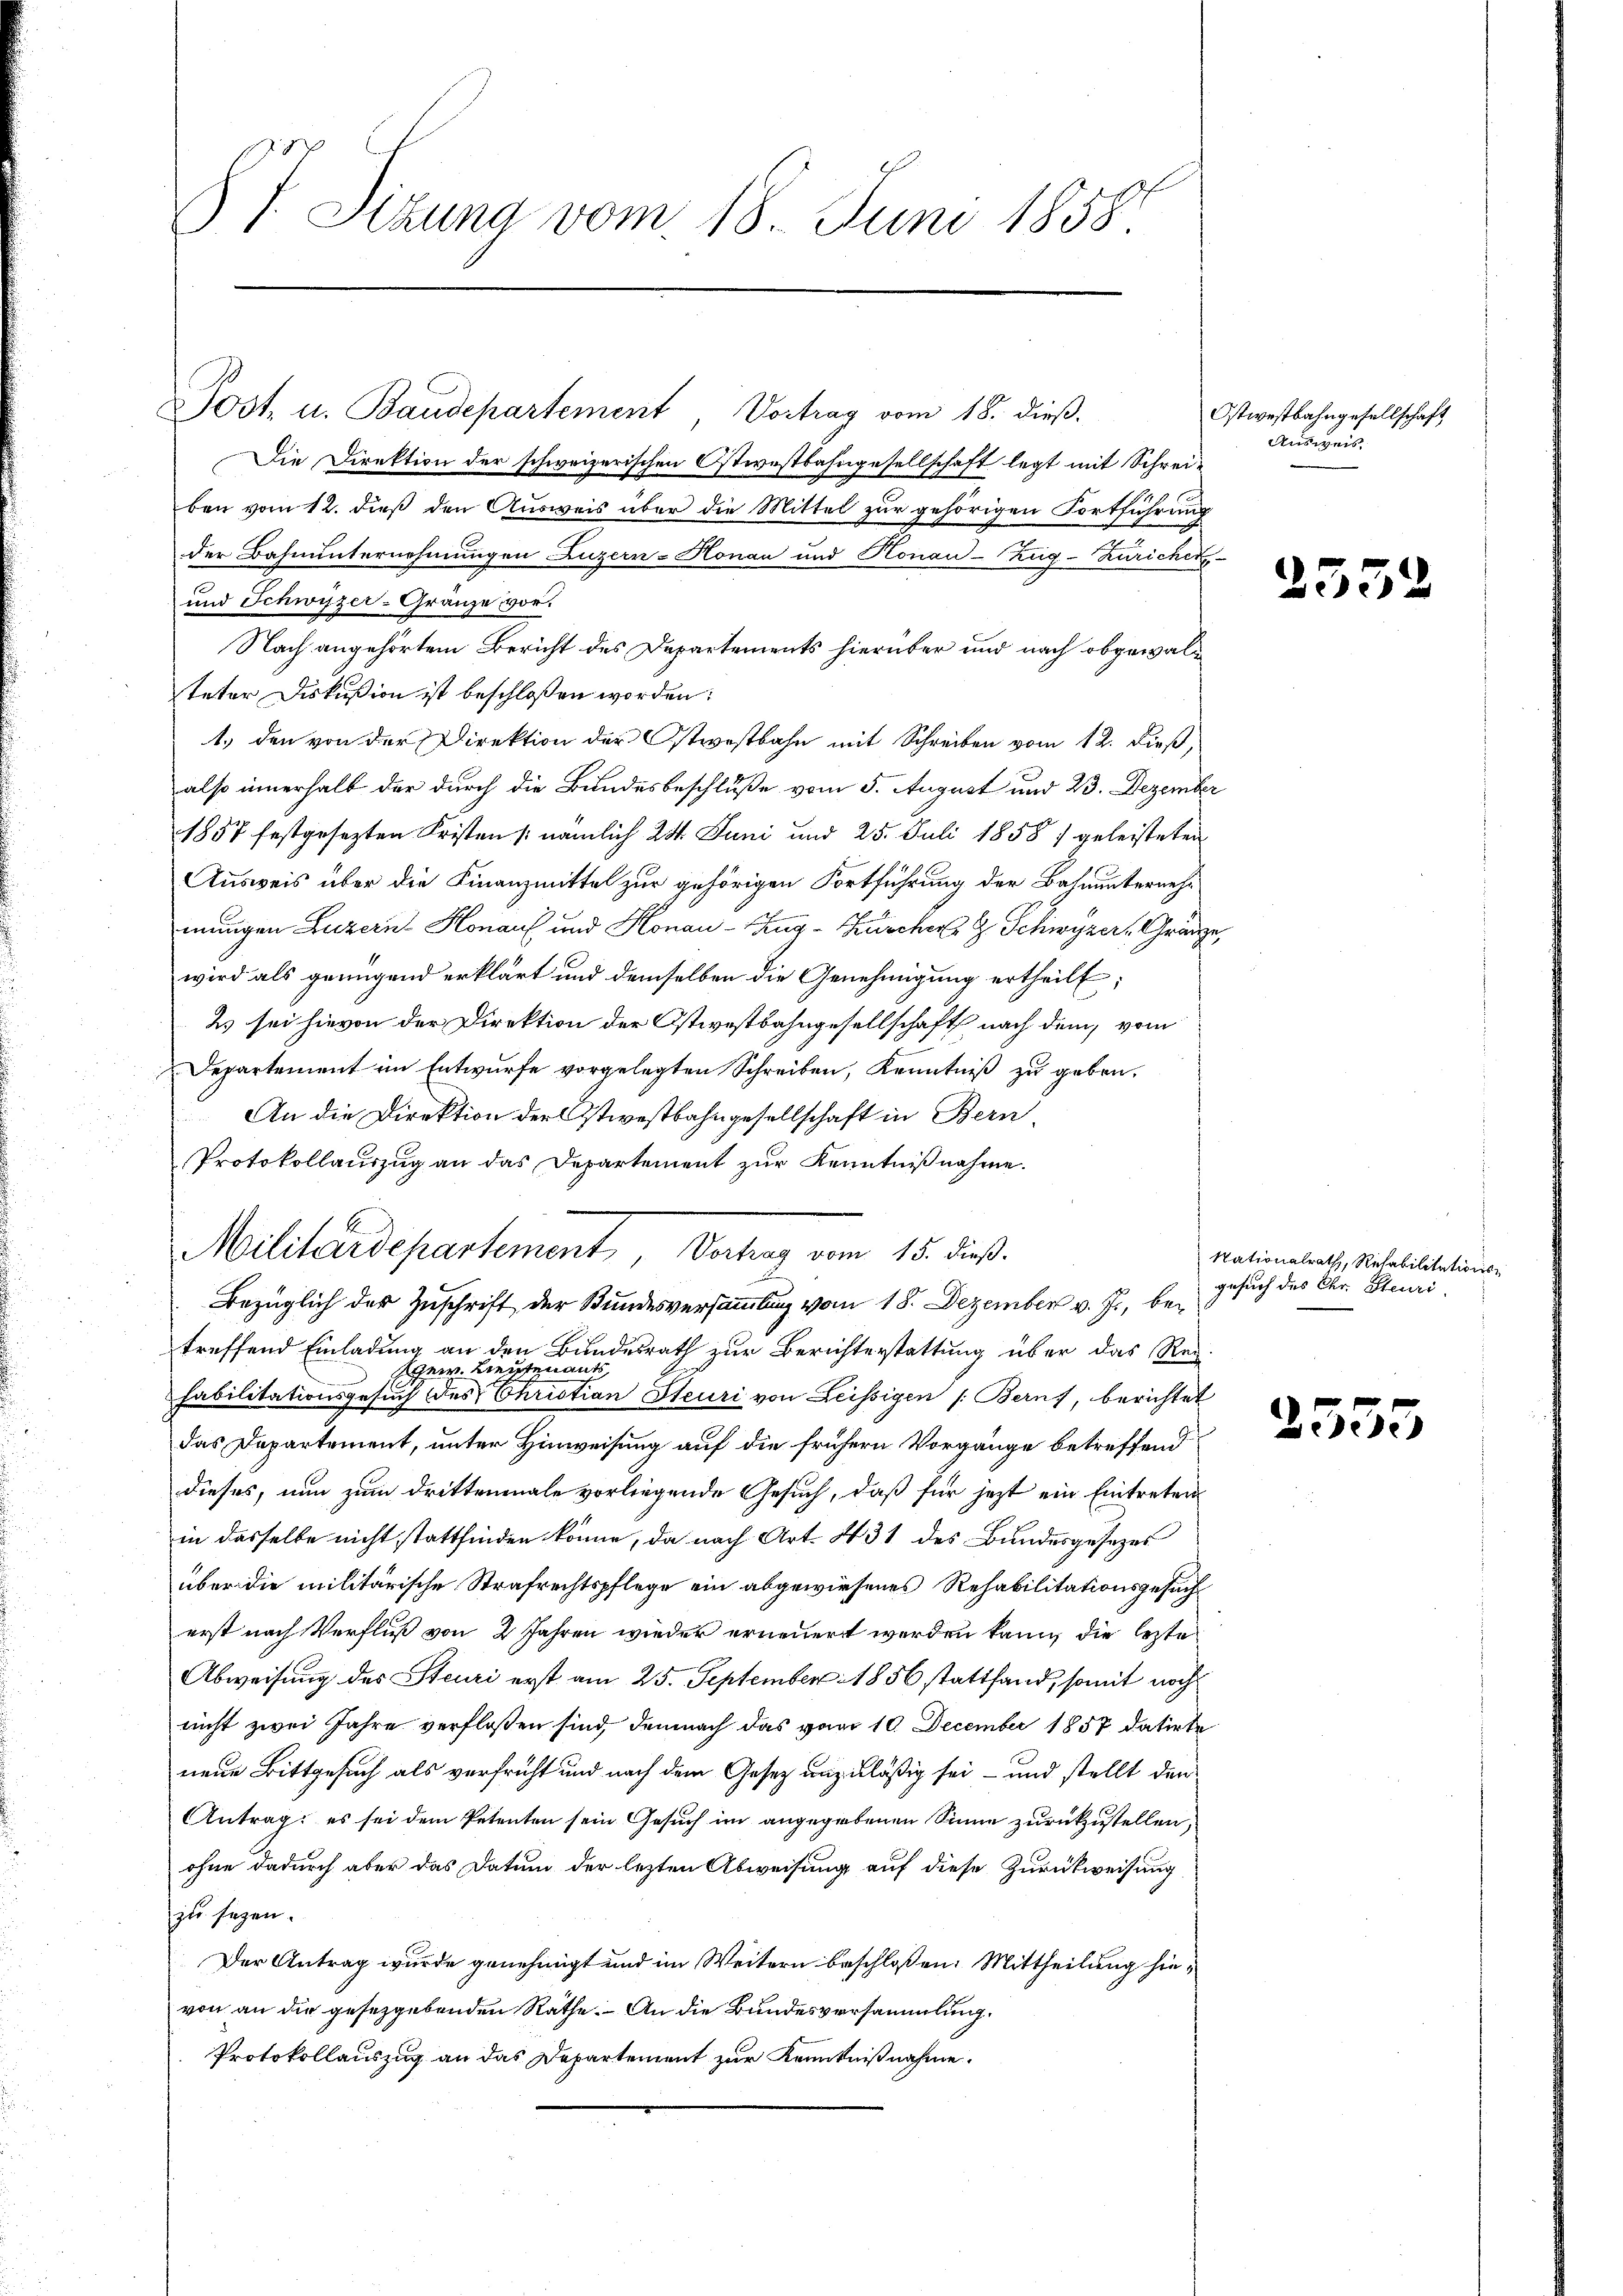
§ 7. Sitzung vom 18. Juni 1858

Militärdepartement, Vertrag vom 15. dieß.

Post. u. Baudepartement Vortrag vom 18. dieß.
Die Direktion der schweizerischen Ostwestbahngesellschaft legt mit Schrei¬
E
ben vom 12. dieß den Ausweis über die Mittel zur gehörigen Fortführung
der Bahnunternehmungen Luzern-Honau und Honau-Zug-Zuricher
und Schwyzer-Granze vor.
Nach angehörtem Bericht des Departements hierüber und nach obgewalteter Diskußion ist beschlossen worden:
1., den von der Direktion der Ostwestbahn mit Schreiben vom 12. dieß,
also innerhalb der durch die Bundesbeschluße vom 5. August und 23. Dezember
1857 festgesezten Fristen (nämlich 24. Juni und 25. Juli 1858) geleisteten
Ausweis über die Finanzmittel zur gehörigen Fortführung der Bahnunternehmmungen Luzern Honau und Honau-Zug - Zuscher & Schwyzer, Gränze,
wird als genügend erklärt und demselben die Genehmigung ertheilt;
2 sei hievon der Direktion der Ostwestbahngesellschaft nach dem vom
Departement im Entwurfe vorgelegten Schreiben, Kenntniß zu geben.
An die Direktion der Ostwestbahngesellschaft in Bern
Protokollauszug an das Departement zur Kenntnißnahme.
Bezüglich der Zuschrift der Bundesversammlung vom 18. Dezember v. J., betreffend Einladung an den Bundesrath zur Berichterstattung über das Rei
eer. Leutenants
Fabilitationsgesuch des Christian Steuri von Leissigen (Berns, berichtet
das Departement, unter Hinweisung auf die frühern Vorgänge betreffend
dieses, nun zum Drittenmale vorliegende Gesuch, daß für jezt ein Eintreten
in dasselbe nicht stattfinden könne, da nach Art. 431 des Bundesgesezes
über die militärische Strafrechtspflege ein abgewiesenes Rehabilitationsgesuch
erst nach Verfluß von 2 Jahren wieder erneuert werden kann, die lezte
Abweisung des Steuri erst am 25. September 1856 stattfand, somit noch
nicht zwei Jahre verfloßen sind, demnach das vom 10. December 1857 datirte
neue Bittgesuch als verfrüht und nach dem Gesetz unzuläßig sei – und stellt den
Antrag es sei dem Petenten sein Gesuch im angegebenen Sinne zurückzustellen,
ohne dadurch aber das Datum der lezten Abweisung auf diese Zurückweisung
zu sezen.
Der Antrag wurde genehmigt und im Weitern beschlossen: Mittheilung hievon an die gesetzgebenden Räthe. An die Bundesversammlung.
Protokollauszug an das Departement zur Kenntnißnahme.

Ostwestbahngesellschaft
Ausweis

33

Nationalrath, Rehabilitations
gesuch des Chr. Steuri

25.

55